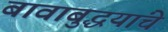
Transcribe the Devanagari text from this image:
बावाबुद्धयांचे